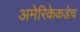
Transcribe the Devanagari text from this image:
अमेरिकेकडेच